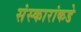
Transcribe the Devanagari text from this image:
संस्कारांकडे